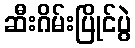
ဆီးဂိမ်းပြိုင်ပွဲ